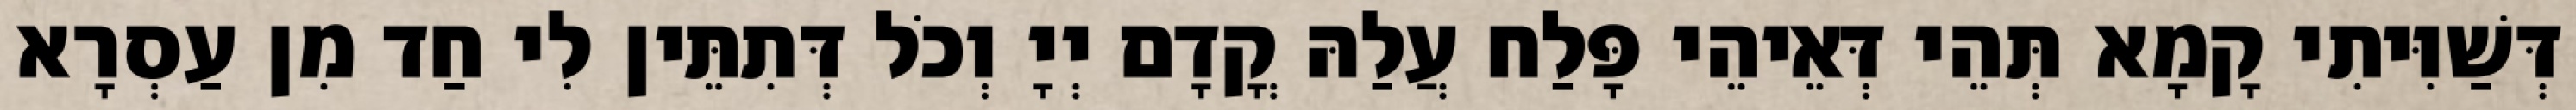
דְּשַׁוִּיתִי קָמָא תְּהֵי דְּאֵיהֵי פָּלַח עֲלַהּ קֳדָם יְיָ וְכֹל דְּתִתֵּין לִי חַד מִן עַסְרָא